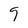
Character: 9